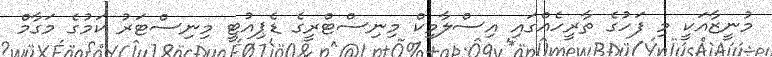
މުނީޒާއަކީ މި ފަހުގެ ތާރީހެއްގައި އިސްލާމިކް މިނިސްޓްރީގެ ޑެޕިއުޓީ މިނިސްޓަރު ކަމުގެ މަގާމް